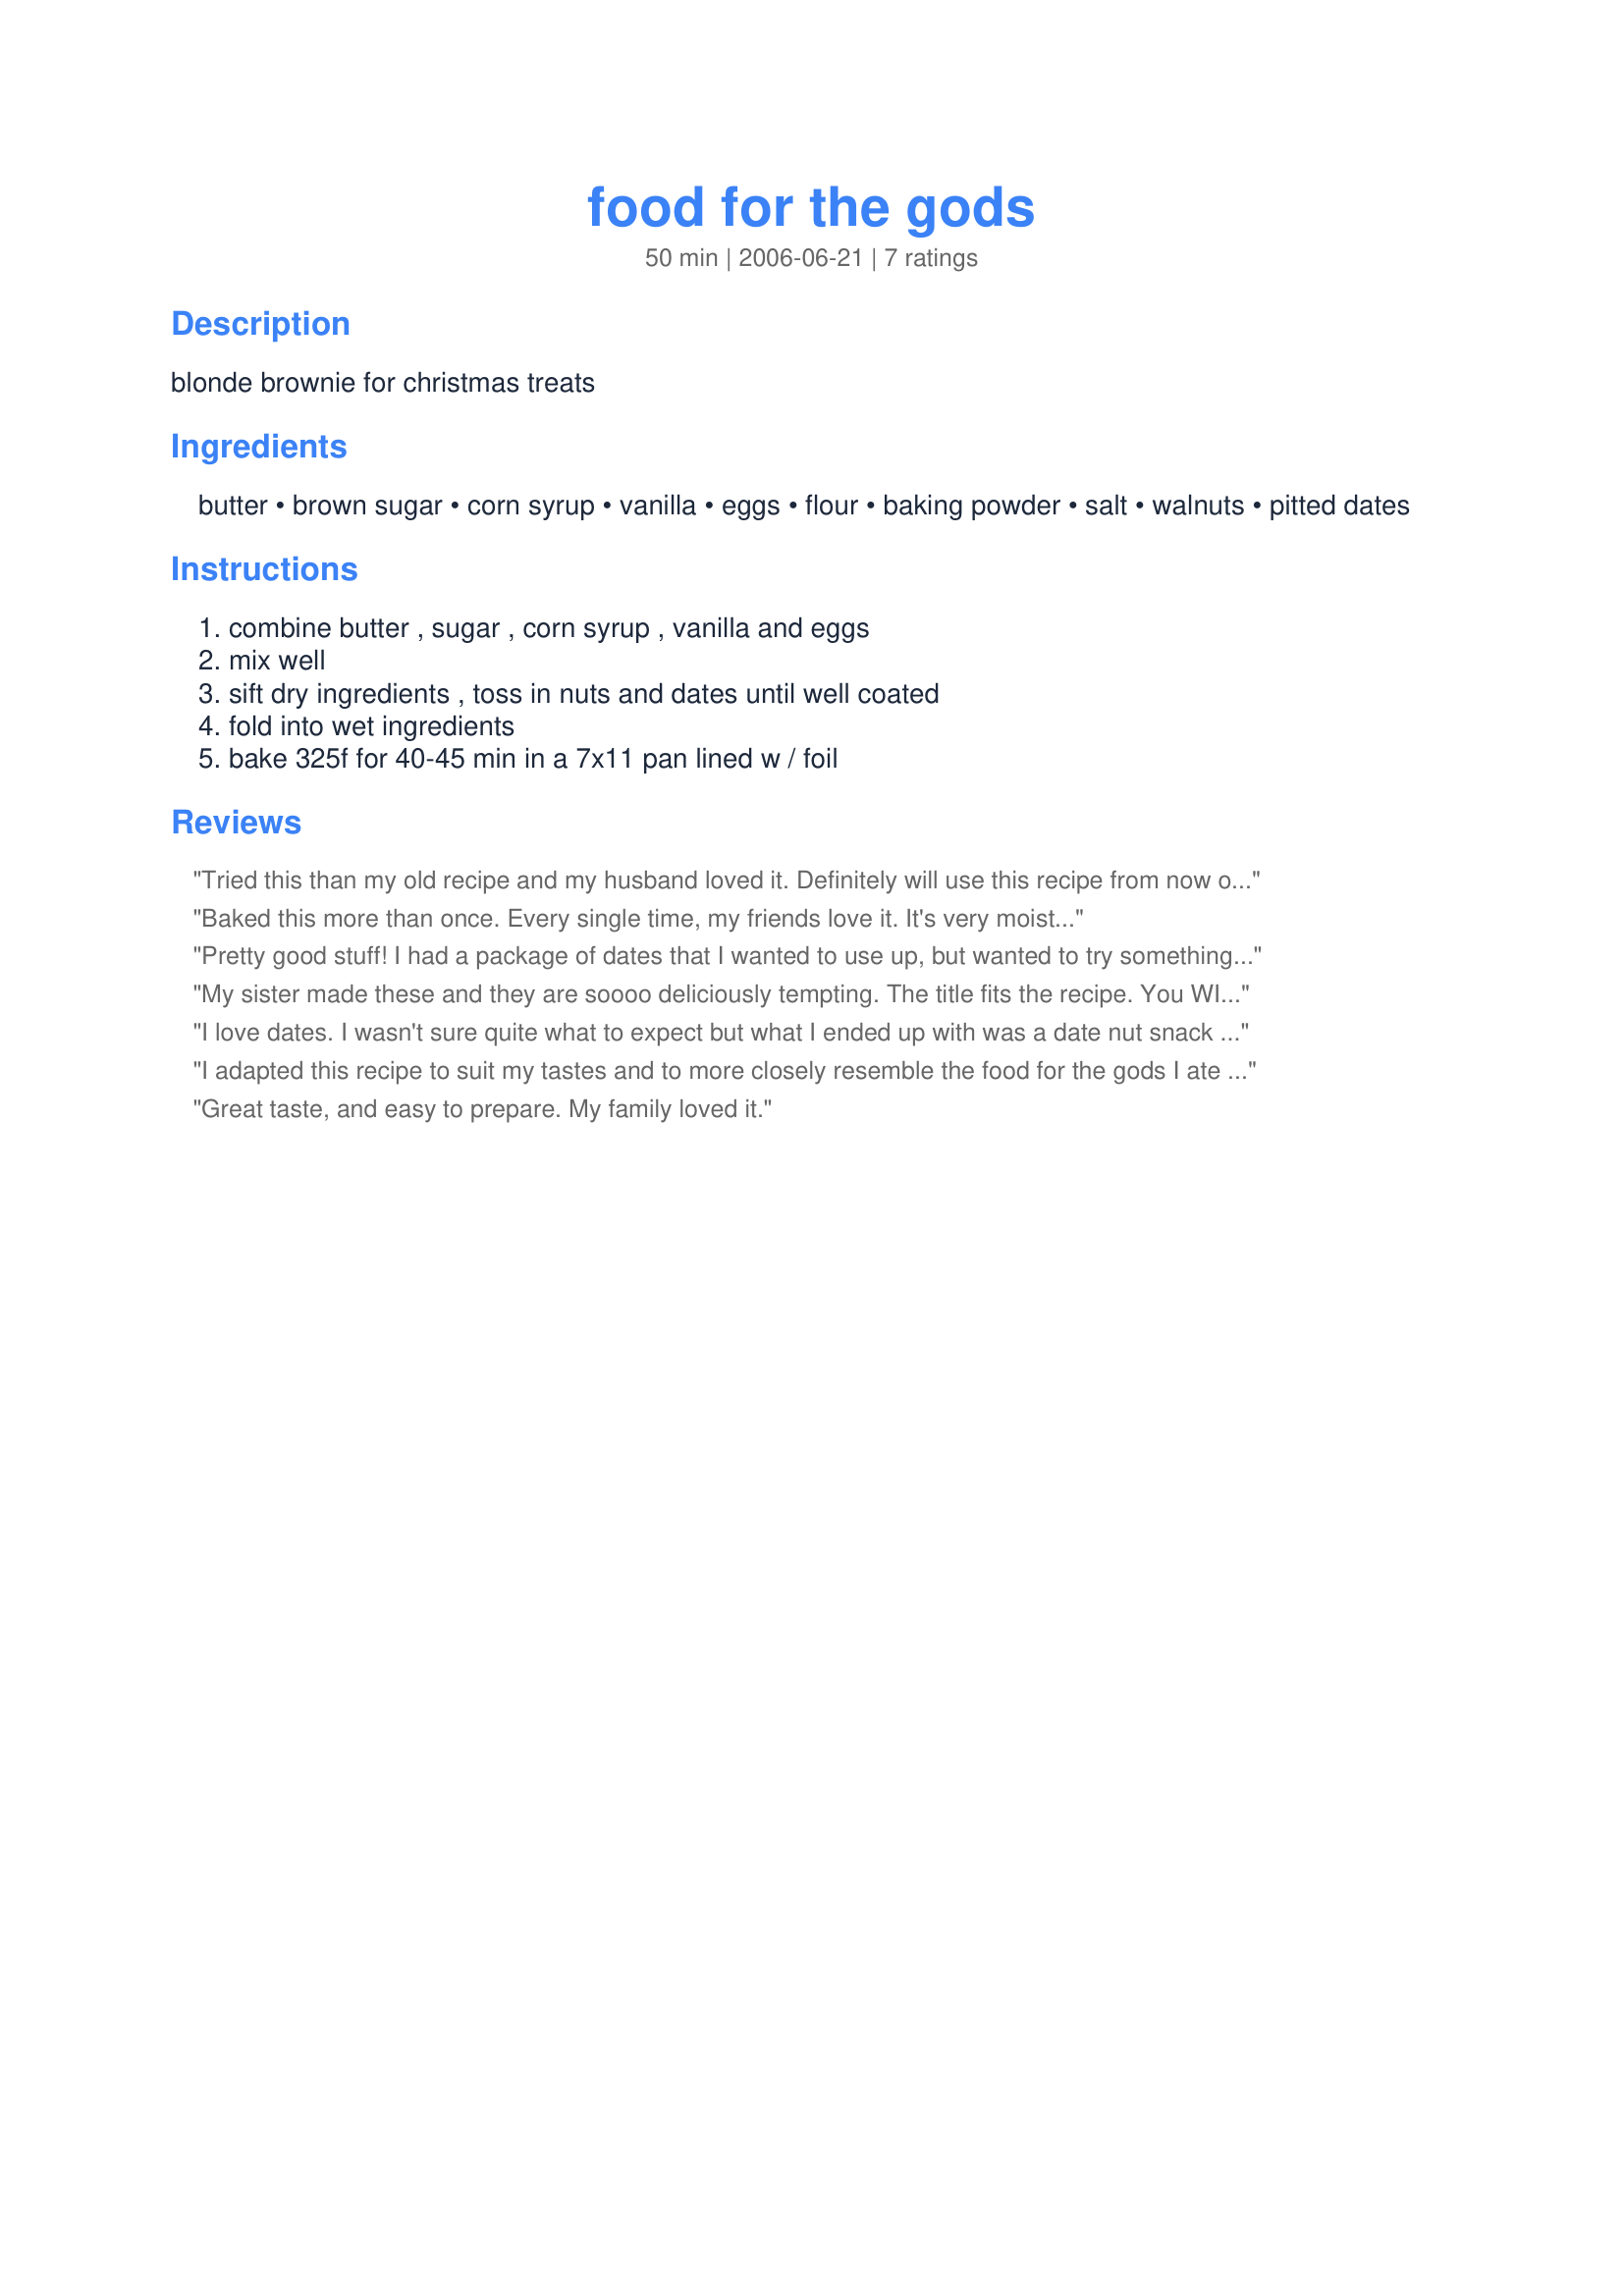
food for the gods
Preparation time: 50 minutes

blonde brownie for christmas treats

Ingredients:
butter, brown sugar, corn syrup, vanilla, eggs, flour, baking powder, salt, walnuts, pitted dates

Steps:
combine butter , sugar , corn syrup , vanilla and eggs, mix well, sift dry ingredients , toss in nuts and dates until well coated, fold into wet ingredients, bake 325f for 40-45 min in a 7x11 pan lined w / foil

Reviews:
Tried this than my old recipe and my husband loved it. Definitely will use this recipe from now on, so easy to make and it just turned out delicious. Thanks. Can't attach a picture since my family didn't stop till it's all gone, sorry.
Baked this more than once. Every single time, my friends love it. It's very moist...
Pretty good stuff! I had a package of dates that I wanted to use up, but wanted to try something different than the Westhaven cake that I usually make with them. These were very easy to make and came out soft and chewy. I used stoneware so I didn't line my pan with foil. My only complaint is that I let my fiance help and he didn't chop up the dates small enough for my tastes. (I don't like big chunks of anything!) I'll definitely make this again. I may throw some mini chocolate chips next time. :)
Update: Made these again (with the dates chopped more to my liking). LOVE IT. Forgot to try throwing in mini chips, but it probably doesn't need it... Thanks!!!
My sister made these and they are soooo deliciously tempting. The title fits the recipe. You WILL eat this in one sitting bec they really are so good so be careful or you can really gain some lbs. I am saving the recipe for special occassions.
I love dates. I wasn't sure quite what to expect but what I ended up with was a date nut snack cake with a nice flavor and texture.
I adapted this recipe to suit my tastes and to more closely resemble the food for the gods I ate at a cafe/bakery in Intramuros, Manila. I used a combination of cashews, walnuts, and pistachios in place of just walnuts and a combination of dates, golden raisins, dried cranberries, and dried mangoes in place of just dates. I also swapped honey for the corn syrup because I prefer the flavor of honey. The bars came out sweet, chewy, and moist with a buttery aroma and a lovely medley of colors and flavors that recalls another Filipino sweet, halo halo. Next time I will include half a teaspoon of cinnamon or pumpkin pie spice and soak the raisins in Filipino dark rum before adding them to the batter. Note that these bars come out very sticky (especially with my honey substitution), so I suggest lining the bottom of the pan with parchment paper.
Great taste, and easy to prepare. My family loved it.
